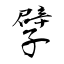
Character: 孹